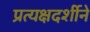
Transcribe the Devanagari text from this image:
प्रत्यक्षदर्शीने